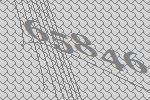
65846